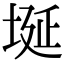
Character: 埏